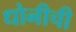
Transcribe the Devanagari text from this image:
धोनीची